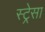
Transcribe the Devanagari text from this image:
स्ट्रेसा